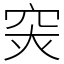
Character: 𥥍